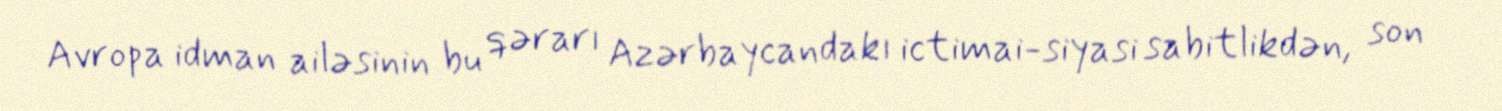
Avropa idman ailəsinin bu qərarı Azərbaycandakı ictimai-siyasi sabitlikdən, son